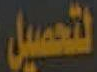
لتحصيل